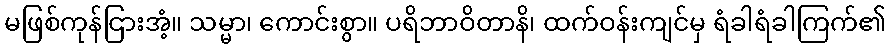
မဖြစ်ကုန်ငြားအံ့။ သမ္မာ၊ ကောင်းစွာ။ ပရိဘာဝိတာနိ၊ ထက်ဝန်းကျင်မှ ရံခါရံခါကြက်၏